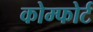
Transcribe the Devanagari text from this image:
कोम्फोर्ट